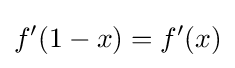
f'(1-x)=f'(x)